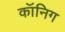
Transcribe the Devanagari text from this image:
कॉनिग